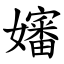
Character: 嬸